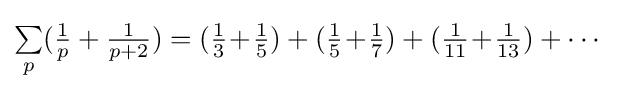
\textstyle {\sum \limits _{p}({\frac {1}{p}}+{\frac {1}{p+2}})}=({\frac {1}{3}}\!+\!{\frac {1}{5}})+({\tfrac {1}{5}}\!+\!{\tfrac {1}{7}})+({\tfrac {1}{11}}\!+\!{\tfrac {1}{13}})+\cdots